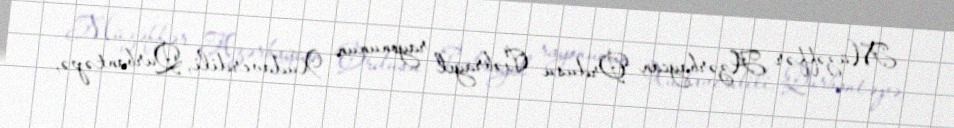
Müzəffər Azərbaycan Ordusu Cəbrayıl rayonunun Xudaverdili, Qurbantəpə,